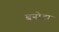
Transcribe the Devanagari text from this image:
बनोटा